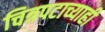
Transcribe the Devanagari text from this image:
चित्रपटाच्याही